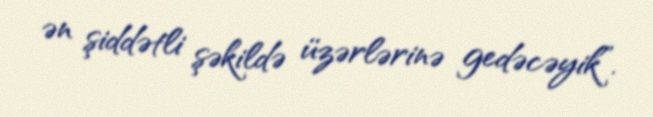
ən şiddətli şəkildə üzərlərinə gedəcəyik”.